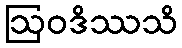
ဩဝဒိဿသိ